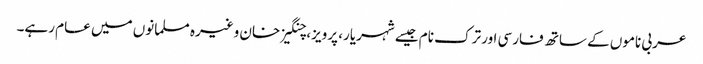
عربی ناموں کے ساتھ فارسی اور ترک نام جیسے شہریار، پرویز، چنگیز خان وغیرہ مسلمانوں میں عام رہے۔